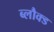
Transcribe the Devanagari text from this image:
ब्लौक्ड